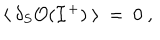
LaTeX: \langle ~ \delta _ { S } { \cal O } ( { \cal I } ^ { + } ) ~ \rangle ~ = ~ 0 ~ ,